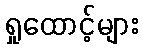
ရှုထောင့်များ